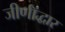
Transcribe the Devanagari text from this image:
जीर्णॉद्धार